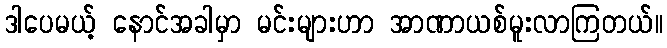
ဒါပေမယ့် နောင်အခါမှာ မင်းများဟာ အာဏာယစ်မူးလာကြတယ်။